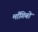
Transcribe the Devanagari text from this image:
माँगिबो